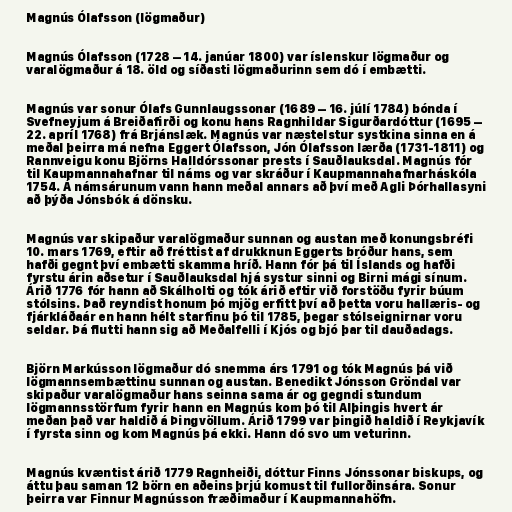
Magnús Ólafsson (lögmaður)

Magnús Ólafsson (1728 – 14. janúar 1800) var íslenskur lögmaður og
varalögmaður á 18. öld og síðasti lögmaðurinn sem dó í embætti.

Magnús var sonur Ólafs Gunnlaugssonar (1689 – 16. júlí 1784) bónda í
Svefneyjum á Breiðafirði og konu hans Ragnhildar Sigurðardóttur (1695 –
22. apríl 1768) frá Brjánslæk. Magnús var næstelstur systkina sinna en á
meðal þeirra má nefna Eggert Ólafsson, Jón Ólafsson lærða (1731-1811) og
Rannveigu konu Björns Halldórssonar prests í Sauðlauksdal. Magnús fór
til Kaupmannahafnar til náms og var skráður í Kaupmannahafnarháskóla
1754. Á námsárunum vann hann meðal annars að því með Agli Þórhallasyni
að þýða Jónsbók á dönsku.

Magnús var skipaður varalögmaður sunnan og austan með konungsbréfi
10. mars 1769, eftir að fréttist af drukknun Eggerts bróður hans, sem
hafði gegnt því embætti skamma hríð. Hann fór þá til Íslands og hafði
fyrstu árin aðsetur í Sauðlauksdal hjá systur sinni og Birni mági sínum.
Árið 1776 fór hann að Skálholti og tók árið eftir við forstöðu fyrir búum
stólsins. Það reyndist honum þó mjög erfitt því að þetta voru hallæris- og
fjárkláðaár en hann hélt starfinu þó til 1785, þegar stólseignirnar voru
seldar. Þá flutti hann sig að Meðalfelli í Kjós og bjó þar til dauðadags.

Björn Markússon lögmaður dó snemma árs 1791 og tók Magnús þá við
lögmannsembættinu sunnan og austan. Benedikt Jónsson Gröndal var
skipaður varalögmaður hans seinna sama ár og gegndi stundum
lögmannsstörfum fyrir hann en Magnús kom þó til Alþingis hvert ár
meðan það var haldið á Þingvöllum. Árið 1799 var þingið haldið í Reykjavík
í fyrsta sinn og kom Magnús þá ekki. Hann dó svo um veturinn.

Magnús kvæntist árið 1779 Ragnheiði, dóttur Finns Jónssonar biskups, og
áttu þau saman 12 börn en aðeins þrjú komust til fullorðinsára. Sonur
þeirra var Finnur Magnússon fræðimaður í Kaupmannahöfn.